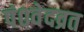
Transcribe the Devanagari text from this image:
पं०वेदव्रत